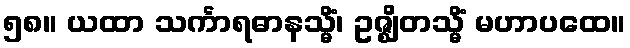
၅၈။ ယထာ သင်္ကာရဓာနသ္မိံ၊ ဥဇ္ဈိတသ္မိံ မဟာပထေ။